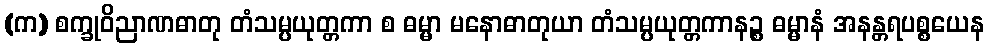
(က) စက္ခုဝိညာဏဓာတု တံသမ္ပယုတ္တကာ စ ဓမ္မာ မနောဓာတုယာ တံသမ္ပယုတ္တကာနဉ္စ ဓမ္မာနံ အနန္တရပစ္စယေန